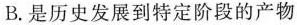
B.是历史发展到特定阶段的产物